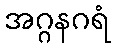
အဂ္ဂနဂရံ